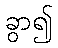
ခွာ၍